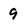
Character: 9